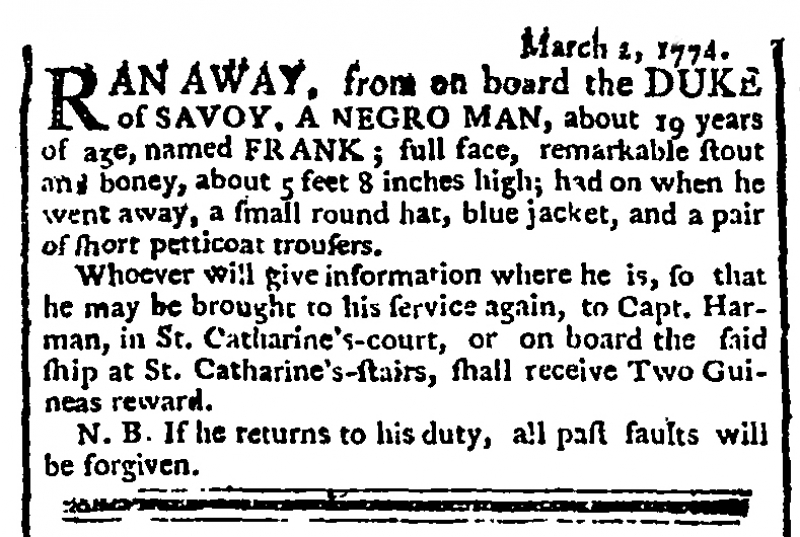
Morning Chronicle and London Advertiser, 5 March 1774 (England)
                                March 2, 1774.RAN AWAY, from on board the DUKE of SAVOY, A NEGRO MAN, about 19 years of age, named FRANK; full face, remarkable stout and boney, about 5 feet 8 inches high: had on when he went away, a small round hat, blue jacket, and a pair of short petticoat trousers.  Whoever will give information where he is, so that he may be brought to his service again, to Capt. Harman, in St. Catharine’s-court, or on board the said ship at St. Catharine’s-stairs, shall receive Two Guineas reward.  N.B. If he returns to his duty, all past faults will be forgiven.